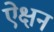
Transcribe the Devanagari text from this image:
ऐक्षन